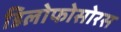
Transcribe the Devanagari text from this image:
डिलोफोसोरस